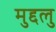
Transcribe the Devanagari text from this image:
मुद्दलु